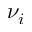
\nu _ { i }